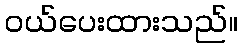
ဝယ်ပေးထားသည်။